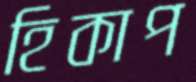
হিকাপ